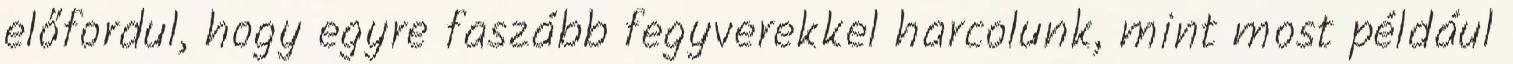
előfordul, hogy egyre faszább fegyverekkel harcolunk, mint most például